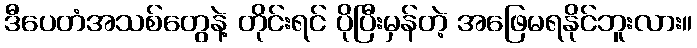
ဒီပေတံအသစ်တွေနဲ့ တိုင်းရင် ပိုပြီးမှန်တဲ့ အဖြေမရနိုင်ဘူးလား။